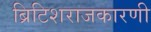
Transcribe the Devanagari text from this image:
ब्रिटिशराजकारणी